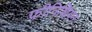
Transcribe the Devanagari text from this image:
फीनिशियन